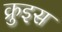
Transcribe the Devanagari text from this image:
क्रुइस